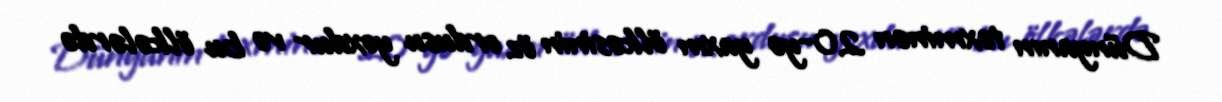
Dünyanın təxminən 20-yə yaxın ölkəsinin öz ordusu yoxdur və bu ölkələrdə